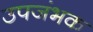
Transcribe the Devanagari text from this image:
उपजंभक